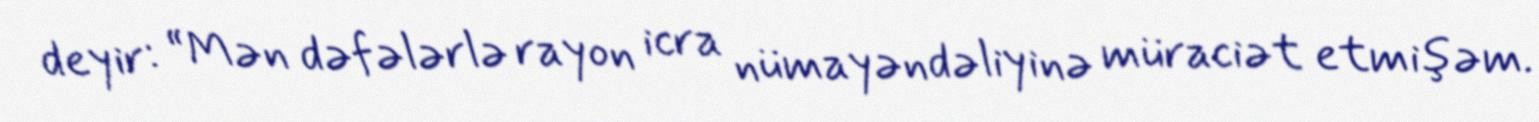
deyir: “Mən dəfələrlə rayon icra nümayəndəliyinə müraciət etmişəm.